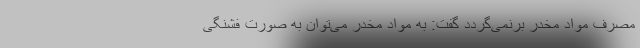
مصرف مواد مخدر برنمی‌گردد گفت: به مواد مخدر می‌توان به صورت فشنگی